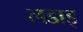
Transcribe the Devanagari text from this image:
लडाइ